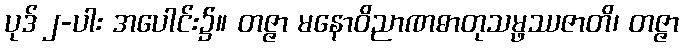
ပုဒ် ၂-ပါး အပေါင်း၌။ တဇ္ဇာ မနောဝိညာဏဓာတုသမ္ဖဿဇာတိ၊ တဇ္ဇာ